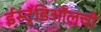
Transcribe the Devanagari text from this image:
ईस्ट्रॅडिऑलची